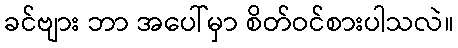
ခင်ဗျား ဘာ အပေါ်မှာ စိတ်ဝင်စားပါသလဲ။